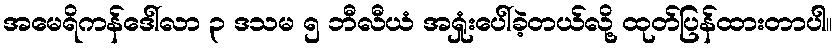
အမေရိကန်ဒေါ်လာ ၃ ဒသမ ၅ ဘီလီယံ အရှုံးပေါ်ခဲ့တယ်လို့ ထုတ်ပြန်ထားတာပါ။